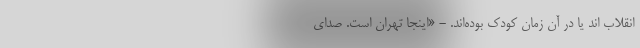
انقلاب اند یا در آن زمان کودک بوده‌اند. - «اینجا تهران است. صدای